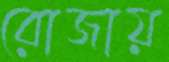
রোজায়